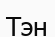
Тэн